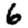
Digit: 6